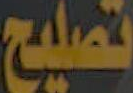
تصليح